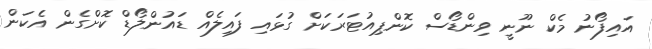
އައިފޯނު މެކް ނޫނީ ވިންޑޯސް ކޮންޕިއުޓަރަކަށް ގުޅައި ފައިލެއް ޑައުންލޯޑް ކޮށްގެން އެކަން